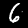
Digit: 6